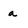
Character: a